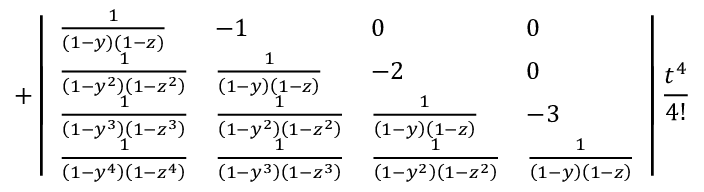
+ \left| \begin{array} { l l l l } { \frac { 1 } { \left( 1 - y \right) \left( 1 - z \right) } } & { - 1 } & { 0 } & { 0 } \\ { \frac { 1 } { \left( 1 - y ^ { 2 } \right) \left( 1 - z ^ { 2 } \right) } } & { \frac { 1 } { \left( 1 - y \right) \left( 1 - z \right) } } & { - 2 } & { 0 } \\ { \frac { 1 } { \left( 1 - y ^ { 3 } \right) \left( 1 - z ^ { 3 } \right) } } & { \frac { 1 } { \left( 1 - y ^ { 2 } \right) \left( 1 - z ^ { 2 } \right) } } & { \frac { 1 } { \left( 1 - y \right) \left( 1 - z \right) } } & { - 3 } \\ { \frac { 1 } { \left( 1 - y ^ { 4 } \right) \left( 1 - z ^ { 4 } \right) } } & { \frac { 1 } { \left( 1 - y ^ { 3 } \right) \left( 1 - z ^ { 3 } \right) } } & { \frac { 1 } { \left( 1 - y ^ { 2 } \right) \left( 1 - z ^ { 2 } \right) } } & { \frac { 1 } { \left( 1 - y \right) \left( 1 - z \right) } } \end{array} \right| \frac { t ^ { 4 } } { 4 ! }